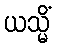
ယသ္မိံ